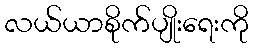
လယ်ယာစိုက်ပျိုးရေးကို